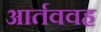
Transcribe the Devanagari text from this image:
आर्तववह